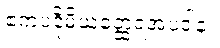
ဧကပဒိုမိယတ္ထေရအပဒါန။